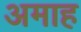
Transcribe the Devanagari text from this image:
अमाह